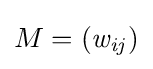
M=({\it {{w}_{ij})}}